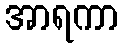
အာရကာ